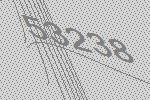
53238